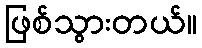
ဖြစ်သွားတယ်။